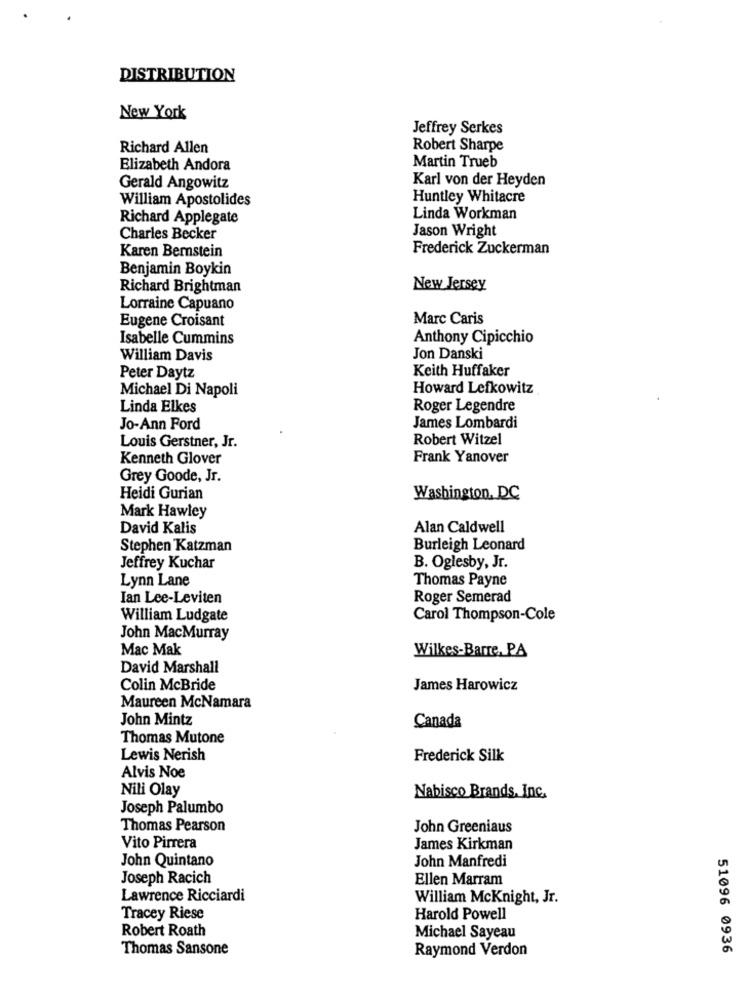
DISTRIBUTION
New York
Jeffrey Serkes
Richard Allen
Robert Sharpe
Elizabeth Andora
Martin Trueb
Karl von der Heyden
Gerald Angowitz
William Apostolides
Huntley Whitacre
Richard Applegate
Linda Workman
Jason Wright
Charles Becker
Karen Bernstein
Frederick Zuckerman
Benjamin Boykin
Richard Brightman
New Jersey
Lorraine Capuano
Eugene Croisant
Marc Caris
Isabelle Cummins
Anthony Cipicchio
William Davis
Jon Danski
Peter Daytz
Keith Huffaker
Michael Di Napoli
Howard Lefkowitz
Linda Elkes
Roger Legendre
Jo-Ann Ford
James Lombardi
Robert Witzel
Louis Gerstner, Jr.
Kenneth Glover
Frank Yanover
Grey Goode, Jr.
Heidi Gurian
Washington, DC
Mark Hawley
David Kalis
Alan Caldwell
Stephen Katzman
Burleigh Leonard
Jeffrey Kuchar
B. Oglesby, Jr.
Lynn Lane
Thomas Payne
Ian Lee-Leviten
Roger Semerad
William Ludgate
Carol Thompson-Cole
John MacMurray
Mac Mak
Wilkes-Barre, PA
David Marshall
Colin McBride
James Harowicz
Maureen McNamara
John Mintz
Canada
Thomas Mutone
Lewis Nerish
Frederick Silk
Alvis Noe
Nili Olay
Nabisco Brands, Inc.
Joseph Palumbo
Thomas Pearson
John Greeniaus
Vito Pirrera
James Kirkman
John Quintano
John Manfredi
Joseph Racich
Ellen Marram
Lawrence Ricciardi
William McKnight, Jr.
Tracey Riese
Harold Powell
Robert Roath
Michael Sayeau
Thomas Sansone
Raymond Verdon
51096 0936